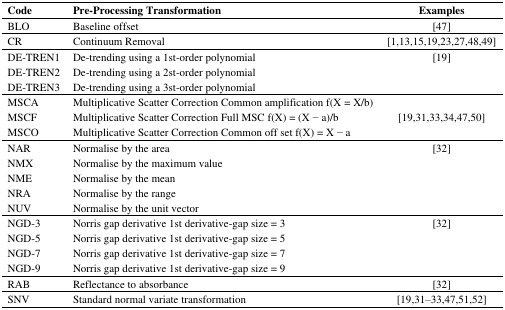
<table><thead><tr><td><b>Code</b></td><td><b>Pre-Processing Transformation</b></td><td><b>Examples</b></td></tr></thead><tbody><tr><td>BLO</td><td>Baseline offset</td><td>[47]</td></tr><tr><td>CR</td><td>Continuum Removal</td><td>[1,13,15,19,23,27,48,49]</td></tr><tr><td>DE-TREN1</td><td>De-trending using a 1st-order polynomial</td><td rowspan="3">[19]</td></tr><tr><td>DE-TREN2</td><td>De-trending using a 2st-order polynomial</td></tr><tr><td>DE-TREN3</td><td>De-trending using a 3st-order polynomial</td></tr><tr><td>MSCA</td><td>Multiplicative Scatter Correction Common amplification f(X = X/b)</td><td rowspan="3">[19,31,33,34,47,50]</td></tr><tr><td>MSCF</td><td>Multiplicative Scatter Correction Full MSC f(X) = (X − a)/b</td></tr><tr><td>MSCO</td><td>Multiplicative Scatter Correction Common off set f(X) = X − a</td></tr><tr><td>NAR</td><td>Normalise by the area</td><td rowspan="5">[32]</td></tr><tr><td>NMX</td><td>Normalise by the maximum value</td></tr><tr><td>NME</td><td>Normalise by the mean</td></tr><tr><td>NRA</td><td>Normalise by the range</td></tr><tr><td>NUV</td><td>Normalise by the unit vector</td></tr><tr><td>NGD-3</td><td>Norris gap derivative 1st derivative-gap size = 3</td><td rowspan="4">[32]</td></tr><tr><td>NGD-5</td><td>Norris gap derivative 1st derivative-gap size = 5</td></tr><tr><td>NGD-7</td><td>Norris gap derivative 1st derivative-gap size = 7</td></tr><tr><td>NGD-9</td><td>Norris gap derivative 1st derivative-gap size = 9</td></tr><tr><td>RAB</td><td>Reflectance to absorbance</td><td>[32]</td></tr><tr><td>SNV</td><td>Standard normal variate transformation</td><td>[19,31–33,47,51,52]</td></tr></tbody></table>